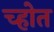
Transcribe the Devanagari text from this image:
च्होत